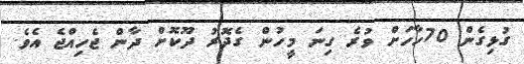
ގުޅިގެން 70ހާހަށް ވުރެ ގިނަ މީހުން ގެދޮރު ދޫކޮށް ދާން ޖެހިއްޖެ އެވެ.